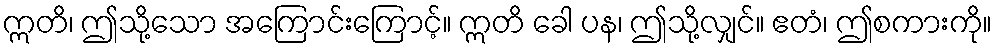
ဣတိ၊ ဤသို့သော အကြောင်းကြောင့်။ ဣတိ ခေါ ပန၊ ဤသို့လျှင်။ ဧတံ၊ ဤစကားကို။